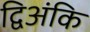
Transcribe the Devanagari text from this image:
द्विअंकि